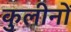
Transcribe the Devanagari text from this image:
कुलीनाें